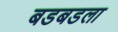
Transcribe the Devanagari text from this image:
बडबडला